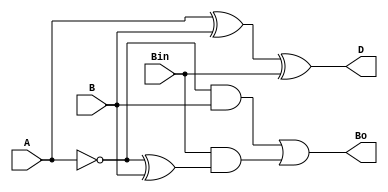
module full_subtractor(input A,B,Bin,output D,Bo);
  assign D=A^B^Bin;
  assign Bo=(~A&B)| (Bin & ((~A)^B));
endmodule